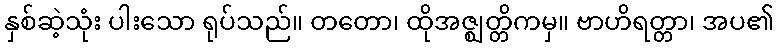
နှစ်ဆဲ့သုံး ပါးသော ရုပ်သည်။ တတော၊ ထိုအဇ္ဈတ္တိကမှ။ ဗာဟိရတ္တာ၊ အပ၏